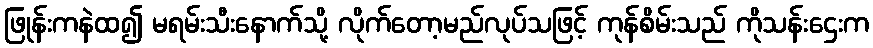
ဖြုန်းကနဲထ၍ မရမ်းသီးနောက်သို့ လိုက်တော့မည်လုပ်သဖြင့် ကုန်စိမ်းသည် ကိုသန်းဌေးက